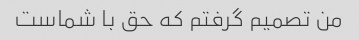
من تصمیم گرفتم که حق با شماست